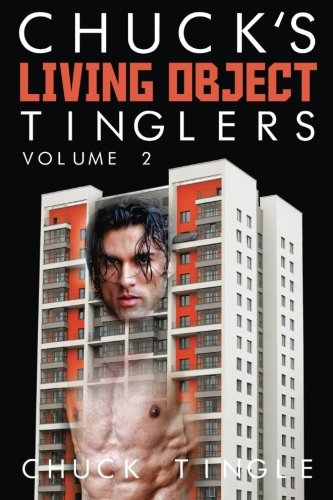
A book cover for Chuck's Living Object Tinglers: Volume 2; Dr. Chuck Tingle; Romance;